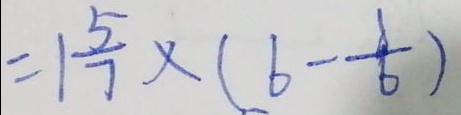
= 1 \frac { 5 } { 7 } \times ( 6 - \frac { 1 } { 6 } )